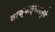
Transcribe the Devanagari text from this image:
साक्षात्कारामुळे